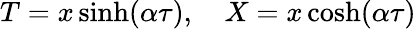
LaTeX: T=x\sinh(\alpha\tau),\quad X=x\cosh(\alpha\tau)